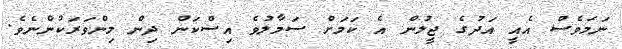
ނަމަވެސް އެއީ އަދުގެ ޖީލުން އެ ކަމަށް ސަމާލުވެ އިސްކަން ދިން މިންވަރަކުންނެވެ.